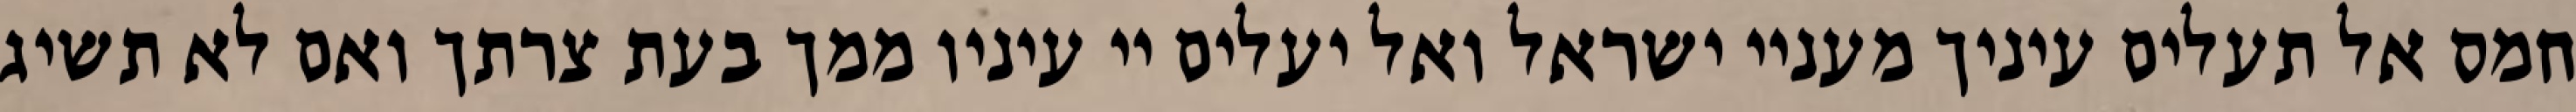
חמס אל תעלים עיניך מעניי ישראל ואל יעלים יי עיניו ממך בעת צרתך ואם לא תשיג